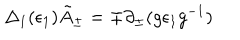
\Delta _ { 1 } ( \epsilon _ { 1 } ) \tilde { A } _ { \pm } = \mp \partial _ { \pm } ( g \epsilon _ { 1 } g ^ { - 1 } )